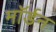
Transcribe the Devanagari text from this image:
माॅर्डन